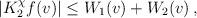
LaTeX: \begin{align*} \begin{aligned} |K_2^\chi f (v)| \leq W_1 (v) + W_2 (v) \,, \end{aligned} \end{align*}